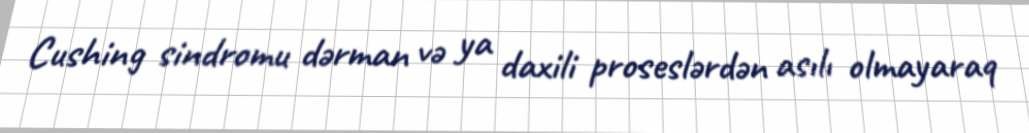
Cushing sindromu dərman və ya daxili proseslərdən asılı olmayaraq